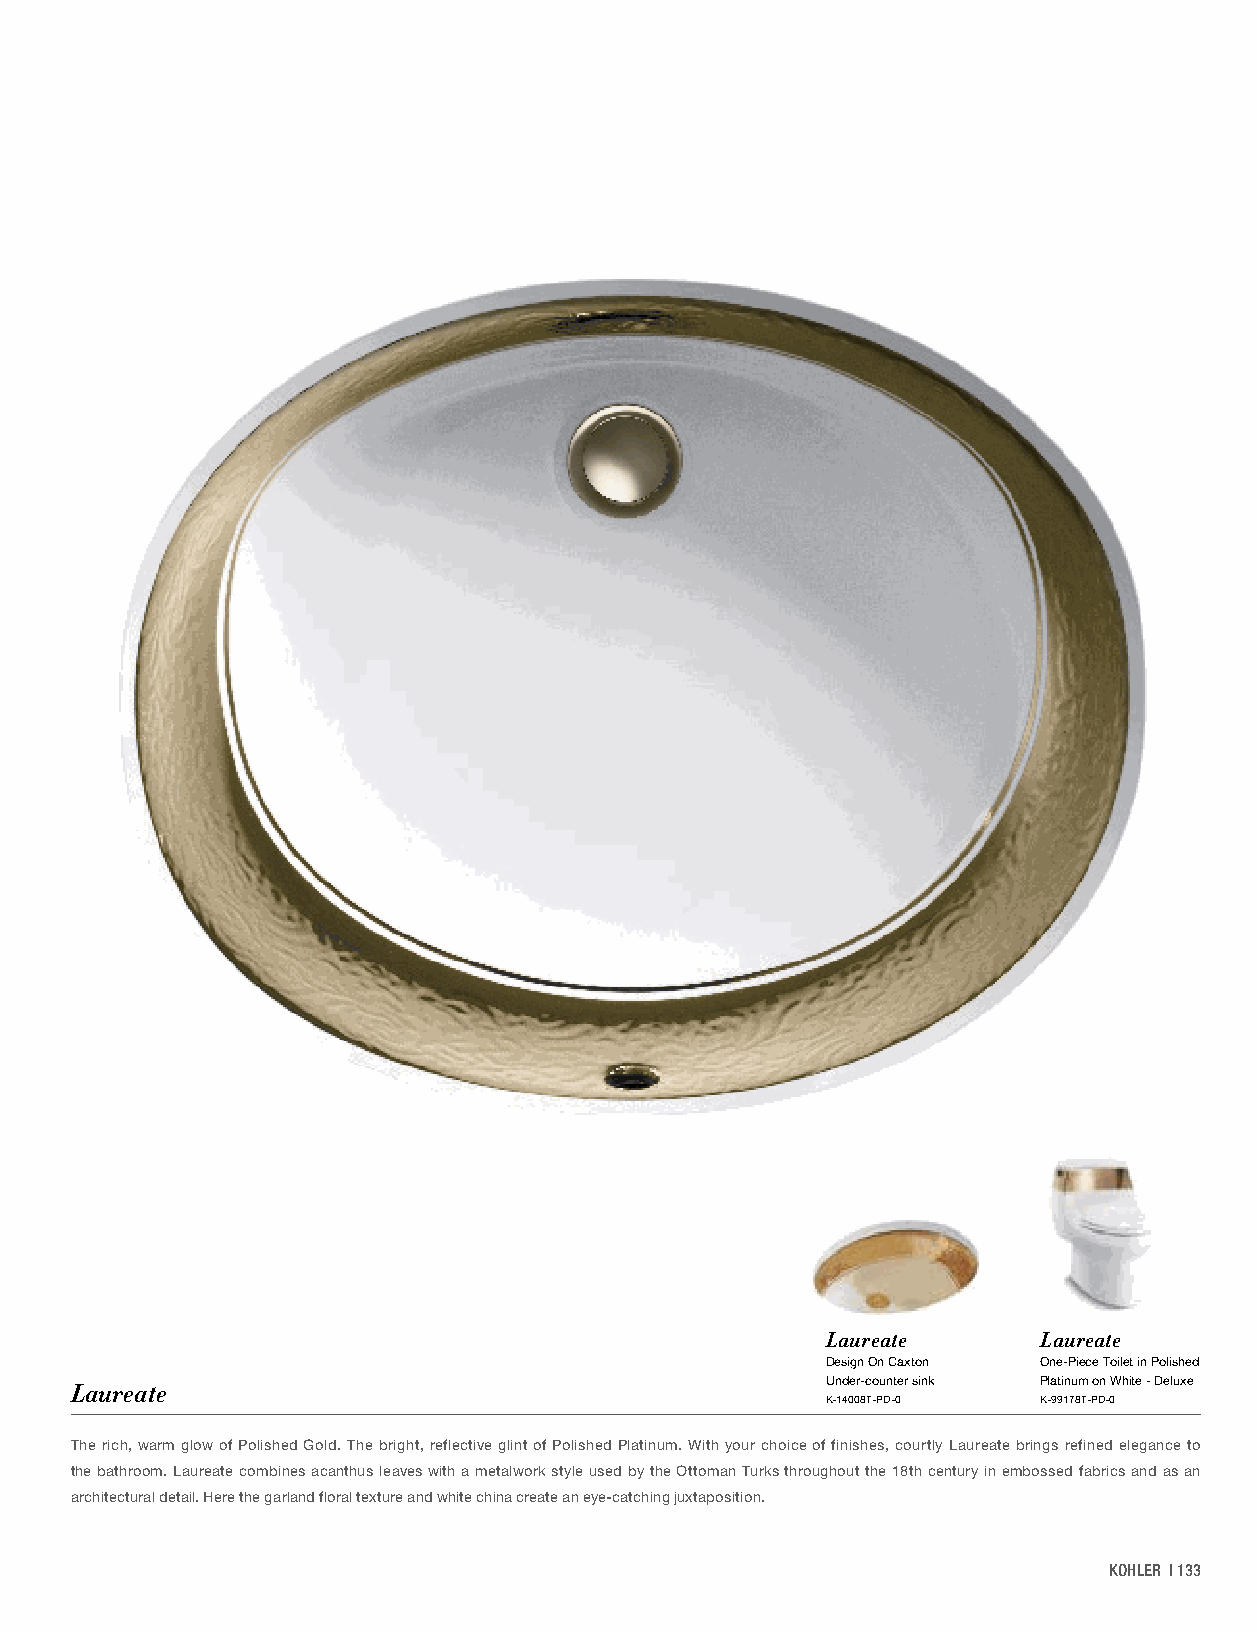
Laureate      Laureate
 Design On Caxton One-Piece Toilet in Polished
 Under-counter sink Platinum on White - Deluxe
 Laureate
 K-14008T-PD-0 K-99178T-PD-0
 The rich, warm glow of Polished Gold. The bright, reflective glint of Polished Platinum. With your choice of finishes, courtly Laureate brings refined elegance to
 the bathroom. Laureate combines acanthus leaves with a metalwork style used by the Ottoman Turks throughout the 18th century in embossed fabrics and as an
 architectural detail. Here the garland floral texture and white china create an eye-catching juxtaposition.
 KOHLER | 133